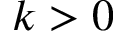
k > 0